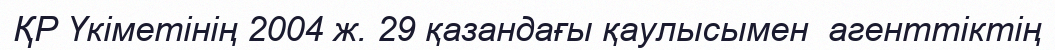
ҚР Үкіметінің 2004 ж. 29 қазандағы қаулысымен  агенттіктің